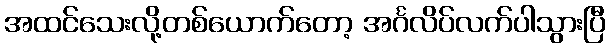
အထင်သေးလို့တစ်ယောက်တော့ အင်္ဂလိပ်လက်ပါသွားပြီ